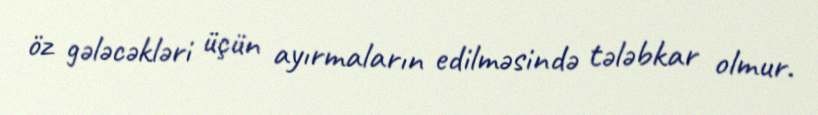
öz gələcəkləri üçün ayırmaların edilməsində tələbkar olmur.